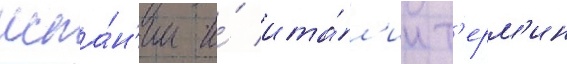
испа́н'ии и́ ита́л'ии т'ерм'ин